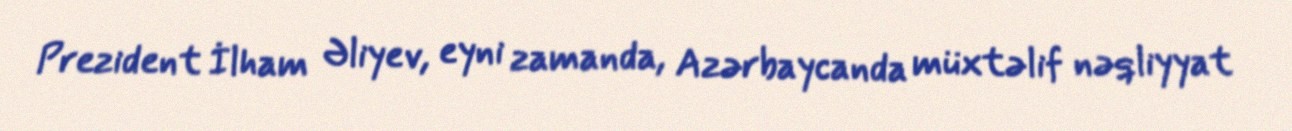
Prezident İlham Əliyev, eyni zamanda, Azərbaycanda müxtəlif nəqliyyat